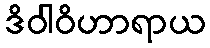
ဒိဝါဝိဟာရာယ